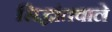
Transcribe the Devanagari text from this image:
सिद्धांतवाले